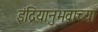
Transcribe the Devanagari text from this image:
इंद्रियानुभवाच्या